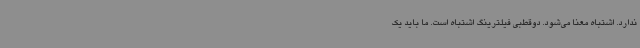
ندارد. اشتباه معنا می‌شود. دوقطبی فیلترینگ اشتباه است. ما باید یک